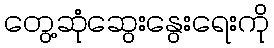
တွေ့ဆုံဆွေးနွေးရေးကို